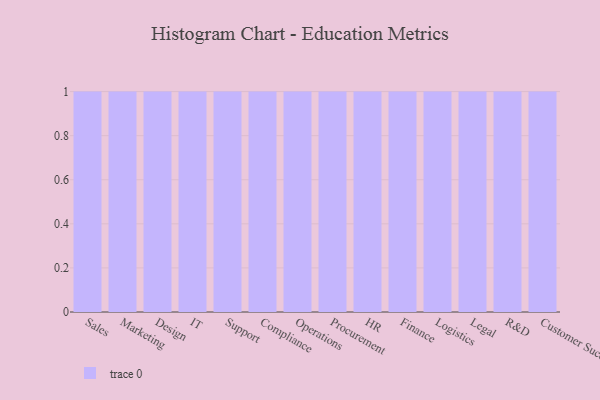
{"axis": {"x": "Department", "y": "Temperature (°C)"}, "legend": [""], "data": [{"x": "Sales", "y": 53, "type": ""}, {"x": "Marketing", "y": 69, "type": ""}, {"x": "Design", "y": 1, "type": ""}, {"x": "IT", "y": 89, "type": ""}, {"x": "Support", "y": 99, "type": ""}, {"x": "Compliance", "y": 3, "type": ""}, {"x": "Operations", "y": 73, "type": ""}, {"x": "Procurement", "y": 8, "type": ""}, {"x": "HR", "y": 29, "type": ""}, {"x": "Finance", "y": 26, "type": ""}, {"x": "Logistics", "y": 2, "type": ""}, {"x": "Legal", "y": 66, "type": ""}, {"x": "R&D", "y": 96, "type": ""}, {"x": "Customer Success", "y": 71, "type": ""}]}